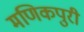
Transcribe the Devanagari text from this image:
मणिकपुरी